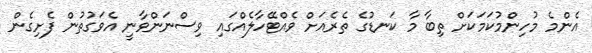
އެންމެ މުހިންމުކަމަކަށް ތިބާ މާ ކަނޑުގެ ތެރެއަށް ވެއްޓޭހާލެއްގައި ވިސްނަންވާނީ އެވަގުުތުން ފެށިގެން